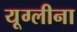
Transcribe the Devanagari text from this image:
यूग्लीना